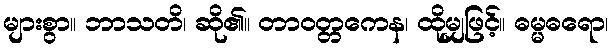
များစွာ။ ဘာသတိ၊ ဆို၏။ တာဝတ္တကေန၊ ထိုမျှဖြင့်။ ဓမ္မဓရော၊